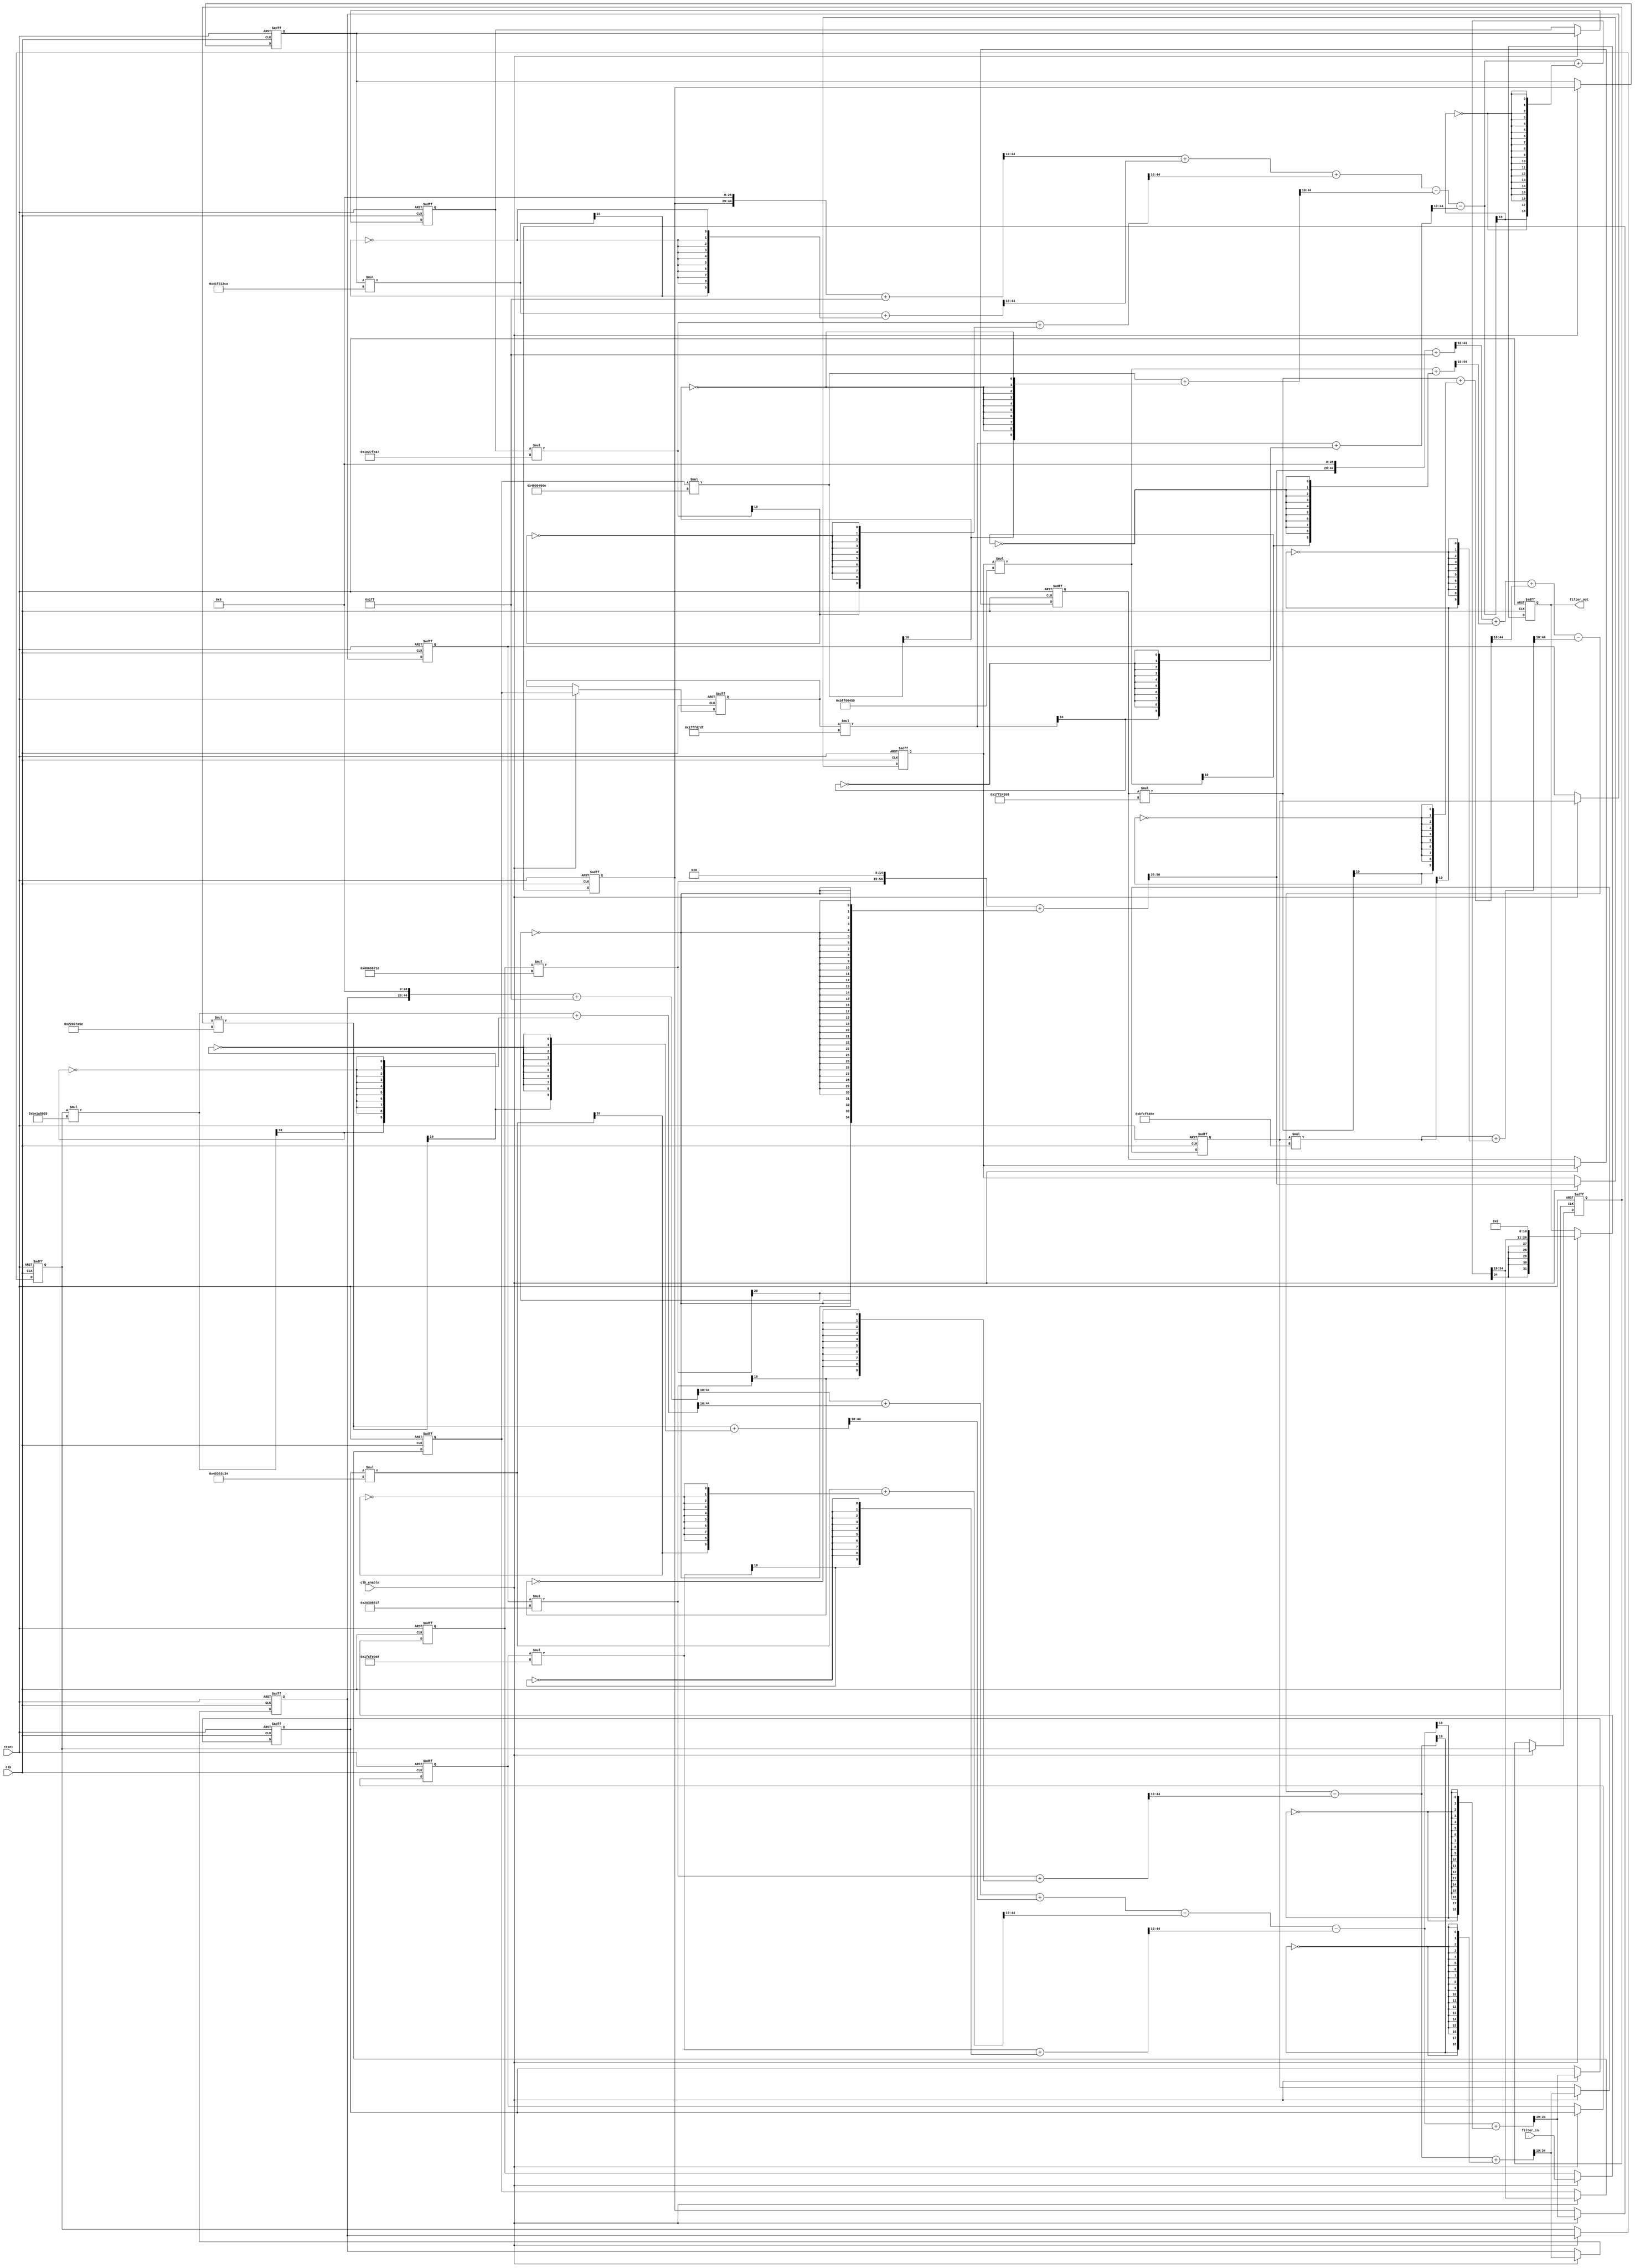
// -------------------------------------------------------------
//
// Module: atm_filter
// Generated by MATLAB(R) 9.11 and Filter Design HDL Coder 3.1.10.
// Generated on: 2022-12-13 11:54:15
// -------------------------------------------------------------

// -------------------------------------------------------------
// HDL Code Generation Options:
//
// TargetDirectory: Z:\Uni\ICRAR_Internship\Phasemeter\Filters\hdlsrc
// AddPipelineRegisters: on
// Name: atm_filter
// TargetLanguage: Verilog
// TestBenchName: atm_filter_tb
// TestBenchStimulus: impulse step ramp chirp noise 

// -------------------------------------------------------------
// HDL Implementation    : Fully parallel
// Folding Factor        : 1
// -------------------------------------------------------------
// Filter Settings:
//
// Discrete-Time IIR Filter (real)
// -------------------------------
// Filter Structure    : Direct-Form I, Second-Order Sections
// Number of Sections  : 3
// Stable              : No
// Linear Phase        : No
// Arithmetic          : fixed
// Numerator           : s32,29 -> [-4 4)
// Denominator         : s32,29 -> [-4 4)
// Scale Values        : s32,35 -> [-6.250000e-02 6.250000e-02)
// Input               : s32,0 -> [-2147483648 2147483648)
// Output              : s32,26 -> [-32 32)
// Numerator State     : s16,15 -> [-1 1)
// Denominator State   : s16,15 -> [-1 1)
// Numerator Prod      : s48,44 -> [-8 8)
// Denominator Prod    : s48,44 -> [-8 8)
// Numerator Accum     : s40,34 -> [-32 32)
// Denominator Accum   : s40,34 -> [-32 32)
// Round Mode          : convergent
// Overflow Mode       : wrap
// Cast Before Sum     : true
// -------------------------------------------------------------




`timescale 1 ns / 1 ns

module atm_filter
               (
                clk,
                clk_enable,
                reset,
                filter_in,
                filter_out
                );

  input   clk; 
  input   clk_enable; 
  input   reset; 
  input   signed [31:0] filter_in; //sfix32
  output  signed [31:0] filter_out; //sfix32_En26

////////////////////////////////////////////////////////////////
//Module Architecture: atm_filter
////////////////////////////////////////////////////////////////
  // Local Functions
  // Type Definitions
  // Constants
  parameter signed [31:0] scaleconst1 = 32'h66666710; //sfix32_En35
  parameter signed [31:0] coeff_b1_section1 = 32'h20000000; //sfix32_En29
  parameter signed [31:0] coeff_b2_section1 = 32'hBFF06459; //sfix32_En29
  parameter signed [31:0] coeff_b3_section1 = 32'h1FF24208; //sfix32_En29
  parameter signed [31:0] coeff_a2_section1 = 32'hBFCF935E; //sfix32_En29
  parameter signed [31:0] coeff_a3_section1 = 32'h2030851F; //sfix32_En29
  parameter signed [31:0] coeff_b1_section2 = 32'h20000000; //sfix32_En29
  parameter signed [31:0] coeff_b2_section2 = 32'hBE1A8955; //sfix32_En29
  parameter signed [31:0] coeff_b3_section2 = 32'h22037A5E; //sfix32_En29
  parameter signed [31:0] coeff_a2_section2 = 32'hC0302C34; //sfix32_En29
  parameter signed [31:0] coeff_a3_section2 = 32'h1FCFEBE8; //sfix32_En29
  parameter signed [31:0] coeff_b1_section3 = 32'h20000000; //sfix32_En29
  parameter signed [31:0] coeff_b2_section3 = 32'hC1F512CA; //sfix32_En29
  parameter signed [31:0] coeff_b3_section3 = 32'h1E27FCA7; //sfix32_En29
  parameter signed [31:0] coeff_a2_section3 = 32'hC000406E; //sfix32_En29
  parameter signed [31:0] coeff_a3_section3 = 32'h1FFFD7DF; //sfix32_En29
  // Signals
  reg  signed [31:0] input_register; // sfix32
  wire signed [78:0] scale1; // sfix79_En50
  wire signed [63:0] mul_temp; // sfix64_En35
  // Section 1 Signals 
  wire signed [15:0] numtypeconvert1; // sfix16_En15
  wire signed [39:0] a1sum1; // sfix40_En34
  wire signed [15:0] dentypeconvert1; // sfix16_En15
  reg  signed [15:0] numdelay_section1 [0:1] ; // sfix16_En15
  reg  signed [15:0] dendelay_section1 [0:1] ; // sfix16_En15
  wire signed [47:0] a2mul1; // sfix48_En44
  wire signed [47:0] a3mul1; // sfix48_En44
  wire signed [47:0] b1mul1; // sfix48_En44
  wire signed [47:0] b2mul1; // sfix48_En44
  wire signed [47:0] b3mul1; // sfix48_En44
  wire signed [39:0] b1sum1; // sfix40_En34
  wire signed [39:0] b2sum1; // sfix40_En34
  wire signed [39:0] b1multypeconvert1; // sfix40_En34
  wire signed [39:0] add_cast; // sfix40_En34
  wire signed [39:0] add_cast_1; // sfix40_En34
  wire signed [40:0] add_temp; // sfix41_En34
  wire signed [39:0] add_cast_2; // sfix40_En34
  wire signed [39:0] add_cast_3; // sfix40_En34
  wire signed [40:0] add_temp_1; // sfix41_En34
  wire signed [39:0] a2sum1; // sfix40_En34
  wire signed [39:0] sub_cast; // sfix40_En34
  wire signed [39:0] sub_cast_1; // sfix40_En34
  wire signed [40:0] sub_temp; // sfix41_En34
  wire signed [39:0] sub_cast_2; // sfix40_En34
  wire signed [39:0] sub_cast_3; // sfix40_En34
  wire signed [40:0] sub_temp_1; // sfix41_En34
  reg  signed [15:0] sos_pipeline1; // sfix16_En15
  // Section 2 Signals 
  wire signed [15:0] numtypeconvert2; // sfix16_En15
  wire signed [39:0] a1sum2; // sfix40_En34
  wire signed [15:0] dentypeconvert2; // sfix16_En15
  reg  signed [15:0] numdelay_section2 [0:1] ; // sfix16_En15
  reg  signed [15:0] dendelay_section2 [0:1] ; // sfix16_En15
  wire signed [47:0] a2mul2; // sfix48_En44
  wire signed [47:0] a3mul2; // sfix48_En44
  wire signed [47:0] b1mul2; // sfix48_En44
  wire signed [47:0] b2mul2; // sfix48_En44
  wire signed [47:0] b3mul2; // sfix48_En44
  wire signed [39:0] b1sum2; // sfix40_En34
  wire signed [39:0] b2sum2; // sfix40_En34
  wire signed [39:0] b1multypeconvert2; // sfix40_En34
  wire signed [39:0] add_cast_4; // sfix40_En34
  wire signed [39:0] add_cast_5; // sfix40_En34
  wire signed [40:0] add_temp_2; // sfix41_En34
  wire signed [39:0] add_cast_6; // sfix40_En34
  wire signed [39:0] add_cast_7; // sfix40_En34
  wire signed [40:0] add_temp_3; // sfix41_En34
  wire signed [39:0] a2sum2; // sfix40_En34
  wire signed [39:0] sub_cast_4; // sfix40_En34
  wire signed [39:0] sub_cast_5; // sfix40_En34
  wire signed [40:0] sub_temp_2; // sfix41_En34
  wire signed [39:0] sub_cast_6; // sfix40_En34
  wire signed [39:0] sub_cast_7; // sfix40_En34
  wire signed [40:0] sub_temp_3; // sfix41_En34
  reg  signed [15:0] sos_pipeline2; // sfix16_En15
  // Section 3 Signals 
  wire signed [15:0] numtypeconvert3; // sfix16_En15
  wire signed [39:0] a1sum3; // sfix40_En34
  wire signed [15:0] dentypeconvert3; // sfix16_En15
  reg  signed [15:0] numdelay_section3 [0:1] ; // sfix16_En15
  reg  signed [15:0] dendelay_section3 [0:1] ; // sfix16_En15
  wire signed [47:0] a2mul3; // sfix48_En44
  wire signed [47:0] a3mul3; // sfix48_En44
  wire signed [47:0] b1mul3; // sfix48_En44
  wire signed [47:0] b2mul3; // sfix48_En44
  wire signed [47:0] b3mul3; // sfix48_En44
  wire signed [39:0] b1sum3; // sfix40_En34
  wire signed [39:0] b2sum3; // sfix40_En34
  wire signed [39:0] b1multypeconvert3; // sfix40_En34
  wire signed [39:0] add_cast_8; // sfix40_En34
  wire signed [39:0] add_cast_9; // sfix40_En34
  wire signed [40:0] add_temp_4; // sfix41_En34
  wire signed [39:0] add_cast_10; // sfix40_En34
  wire signed [39:0] add_cast_11; // sfix40_En34
  wire signed [40:0] add_temp_5; // sfix41_En34
  wire signed [39:0] a2sum3; // sfix40_En34
  wire signed [39:0] sub_cast_8; // sfix40_En34
  wire signed [39:0] sub_cast_9; // sfix40_En34
  wire signed [40:0] sub_temp_4; // sfix41_En34
  wire signed [39:0] sub_cast_10; // sfix40_En34
  wire signed [39:0] sub_cast_11; // sfix40_En34
  wire signed [40:0] sub_temp_5; // sfix41_En34
  wire signed [31:0] output_typeconvert; // sfix32_En26
  reg  signed [31:0] output_register; // sfix32_En26

  // Block Statements
  always @ (posedge clk or posedge reset)
    begin: input_reg_process
      if (reset == 1'b1) begin
        input_register <= 0;
      end
      else begin
        if (clk_enable == 1'b1) begin
          input_register <= filter_in;
        end
      end
    end // input_reg_process

  assign mul_temp = input_register * scaleconst1;
  assign scale1 = $signed({mul_temp[63:0], 15'b000000000000000});

  // ------------------ Section 1 ------------------

  assign numtypeconvert1 = (scale1[50:0] + {scale1[35], {34{~scale1[35]}}})>>>35;

  assign dentypeconvert1 = (a1sum1[34:0] + {a1sum1[19], {18{~a1sum1[19]}}})>>>19;

  always @ (posedge clk or posedge reset)
    begin: numdelay_process_section1
      if (reset == 1'b1) begin
        numdelay_section1[0] <= 16'b0000000000000000;
        numdelay_section1[1] <= 16'b0000000000000000;
      end
      else begin
        if (clk_enable == 1'b1) begin
          numdelay_section1[1] <= numdelay_section1[0];
          numdelay_section1[0] <= numtypeconvert1;
        end
      end
    end // numdelay_process_section1

  always @ (posedge clk or posedge reset)
    begin: dendelay_process_section1
      if (reset == 1'b1) begin
        dendelay_section1[0] <= 16'b0000000000000000;
        dendelay_section1[1] <= 16'b0000000000000000;
      end
      else begin
        if (clk_enable == 1'b1) begin
          dendelay_section1[1] <= dendelay_section1[0];
          dendelay_section1[0] <= dentypeconvert1;
        end
      end
    end // dendelay_process_section1

  assign a2mul1 = dendelay_section1[0] * coeff_a2_section1;

  assign a3mul1 = dendelay_section1[1] * coeff_a3_section1;

  assign b1mul1 = $signed({numtypeconvert1[15:0], 29'b00000000000000000000000000000});

  assign b2mul1 = numdelay_section1[0] * coeff_b2_section1;

  assign b3mul1 = numdelay_section1[1] * coeff_b3_section1;

  assign b1multypeconvert1 = ({{2{b1mul1[47]}}, b1mul1[47:0]} + {b1mul1[10], {9{~b1mul1[10]}}})>>>10;

  assign add_cast = b1multypeconvert1;
  assign add_cast_1 = ({{2{b2mul1[47]}}, b2mul1[47:0]} + {b2mul1[10], {9{~b2mul1[10]}}})>>>10;
  assign add_temp = add_cast + add_cast_1;
  assign b1sum1 = add_temp[39:0];

  assign add_cast_2 = b1sum1;
  assign add_cast_3 = ({{2{b3mul1[47]}}, b3mul1[47:0]} + {b3mul1[10], {9{~b3mul1[10]}}})>>>10;
  assign add_temp_1 = add_cast_2 + add_cast_3;
  assign b2sum1 = add_temp_1[39:0];

  assign sub_cast = b2sum1;
  assign sub_cast_1 = ({{2{a2mul1[47]}}, a2mul1[47:0]} + {a2mul1[10], {9{~a2mul1[10]}}})>>>10;
  assign sub_temp = sub_cast - sub_cast_1;
  assign a2sum1 = sub_temp[39:0];

  assign sub_cast_2 = a2sum1;
  assign sub_cast_3 = ({{2{a3mul1[47]}}, a3mul1[47:0]} + {a3mul1[10], {9{~a3mul1[10]}}})>>>10;
  assign sub_temp_1 = sub_cast_2 - sub_cast_3;
  assign a1sum1 = sub_temp_1[39:0];

  always @ (posedge clk or posedge reset)
    begin: sos_pipeline_process_section1
      if (reset == 1'b1) begin
        sos_pipeline1 <= 0;
      end
      else begin
        if (clk_enable == 1'b1) begin
          sos_pipeline1 <= dentypeconvert1;
        end
      end
    end // sos_pipeline_process_section1

  // ------------------ Section 2 ------------------

  assign numtypeconvert2 = sos_pipeline1;

  assign dentypeconvert2 = (a1sum2[34:0] + {a1sum2[19], {18{~a1sum2[19]}}})>>>19;

  always @ (posedge clk or posedge reset)
    begin: numdelay_process_section2
      if (reset == 1'b1) begin
        numdelay_section2[0] <= 16'b0000000000000000;
        numdelay_section2[1] <= 16'b0000000000000000;
      end
      else begin
        if (clk_enable == 1'b1) begin
          numdelay_section2[1] <= numdelay_section2[0];
          numdelay_section2[0] <= numtypeconvert2;
        end
      end
    end // numdelay_process_section2

  always @ (posedge clk or posedge reset)
    begin: dendelay_process_section2
      if (reset == 1'b1) begin
        dendelay_section2[0] <= 16'b0000000000000000;
        dendelay_section2[1] <= 16'b0000000000000000;
      end
      else begin
        if (clk_enable == 1'b1) begin
          dendelay_section2[1] <= dendelay_section2[0];
          dendelay_section2[0] <= dentypeconvert2;
        end
      end
    end // dendelay_process_section2

  assign a2mul2 = dendelay_section2[0] * coeff_a2_section2;

  assign a3mul2 = dendelay_section2[1] * coeff_a3_section2;

  assign b1mul2 = $signed({numtypeconvert2[15:0], 29'b00000000000000000000000000000});

  assign b2mul2 = numdelay_section2[0] * coeff_b2_section2;

  assign b3mul2 = numdelay_section2[1] * coeff_b3_section2;

  assign b1multypeconvert2 = ({{2{b1mul2[47]}}, b1mul2[47:0]} + {b1mul2[10], {9{~b1mul2[10]}}})>>>10;

  assign add_cast_4 = b1multypeconvert2;
  assign add_cast_5 = ({{2{b2mul2[47]}}, b2mul2[47:0]} + {b2mul2[10], {9{~b2mul2[10]}}})>>>10;
  assign add_temp_2 = add_cast_4 + add_cast_5;
  assign b1sum2 = add_temp_2[39:0];

  assign add_cast_6 = b1sum2;
  assign add_cast_7 = ({{2{b3mul2[47]}}, b3mul2[47:0]} + {b3mul2[10], {9{~b3mul2[10]}}})>>>10;
  assign add_temp_3 = add_cast_6 + add_cast_7;
  assign b2sum2 = add_temp_3[39:0];

  assign sub_cast_4 = b2sum2;
  assign sub_cast_5 = ({{2{a2mul2[47]}}, a2mul2[47:0]} + {a2mul2[10], {9{~a2mul2[10]}}})>>>10;
  assign sub_temp_2 = sub_cast_4 - sub_cast_5;
  assign a2sum2 = sub_temp_2[39:0];

  assign sub_cast_6 = a2sum2;
  assign sub_cast_7 = ({{2{a3mul2[47]}}, a3mul2[47:0]} + {a3mul2[10], {9{~a3mul2[10]}}})>>>10;
  assign sub_temp_3 = sub_cast_6 - sub_cast_7;
  assign a1sum2 = sub_temp_3[39:0];

  always @ (posedge clk or posedge reset)
    begin: sos_pipeline_process_section2
      if (reset == 1'b1) begin
        sos_pipeline2 <= 0;
      end
      else begin
        if (clk_enable == 1'b1) begin
          sos_pipeline2 <= dentypeconvert2;
        end
      end
    end // sos_pipeline_process_section2

  // ------------------ Section 3 ------------------

  assign numtypeconvert3 = sos_pipeline2;

  assign dentypeconvert3 = (a1sum3[34:0] + {a1sum3[19], {18{~a1sum3[19]}}})>>>19;

  always @ (posedge clk or posedge reset)
    begin: numdelay_process_section3
      if (reset == 1'b1) begin
        numdelay_section3[0] <= 16'b0000000000000000;
        numdelay_section3[1] <= 16'b0000000000000000;
      end
      else begin
        if (clk_enable == 1'b1) begin
          numdelay_section3[1] <= numdelay_section3[0];
          numdelay_section3[0] <= numtypeconvert3;
        end
      end
    end // numdelay_process_section3

  always @ (posedge clk or posedge reset)
    begin: dendelay_process_section3
      if (reset == 1'b1) begin
        dendelay_section3[0] <= 16'b0000000000000000;
        dendelay_section3[1] <= 16'b0000000000000000;
      end
      else begin
        if (clk_enable == 1'b1) begin
          dendelay_section3[1] <= dendelay_section3[0];
          dendelay_section3[0] <= dentypeconvert3;
        end
      end
    end // dendelay_process_section3

  assign a2mul3 = dendelay_section3[0] * coeff_a2_section3;

  assign a3mul3 = dendelay_section3[1] * coeff_a3_section3;

  assign b1mul3 = $signed({numtypeconvert3[15:0], 29'b00000000000000000000000000000});

  assign b2mul3 = numdelay_section3[0] * coeff_b2_section3;

  assign b3mul3 = numdelay_section3[1] * coeff_b3_section3;

  assign b1multypeconvert3 = ({{2{b1mul3[47]}}, b1mul3[47:0]} + {b1mul3[10], {9{~b1mul3[10]}}})>>>10;

  assign add_cast_8 = b1multypeconvert3;
  assign add_cast_9 = ({{2{b2mul3[47]}}, b2mul3[47:0]} + {b2mul3[10], {9{~b2mul3[10]}}})>>>10;
  assign add_temp_4 = add_cast_8 + add_cast_9;
  assign b1sum3 = add_temp_4[39:0];

  assign add_cast_10 = b1sum3;
  assign add_cast_11 = ({{2{b3mul3[47]}}, b3mul3[47:0]} + {b3mul3[10], {9{~b3mul3[10]}}})>>>10;
  assign add_temp_5 = add_cast_10 + add_cast_11;
  assign b2sum3 = add_temp_5[39:0];

  assign sub_cast_8 = b2sum3;
  assign sub_cast_9 = ({{2{a2mul3[47]}}, a2mul3[47:0]} + {a2mul3[10], {9{~a2mul3[10]}}})>>>10;
  assign sub_temp_4 = sub_cast_8 - sub_cast_9;
  assign a2sum3 = sub_temp_4[39:0];

  assign sub_cast_10 = a2sum3;
  assign sub_cast_11 = ({{2{a3mul3[47]}}, a3mul3[47:0]} + {a3mul3[10], {9{~a3mul3[10]}}})>>>10;
  assign sub_temp_5 = sub_cast_10 - sub_cast_11;
  assign a1sum3 = sub_temp_5[39:0];

  assign output_typeconvert = $signed({dentypeconvert3[15:0], 11'b00000000000});

  always @ (posedge clk or posedge reset)
    begin: Output_Register_process
      if (reset == 1'b1) begin
        output_register <= 0;
      end
      else begin
        if (clk_enable == 1'b1) begin
          output_register <= output_typeconvert;
        end
      end
    end // Output_Register_process

  // Assignment Statements
  assign filter_out = output_register;
endmodule  // atm_filter